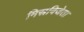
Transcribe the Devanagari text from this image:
मिस्रविजेता